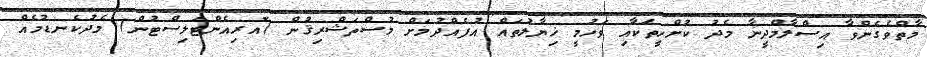
މާތްވެގެންވާ އިސްލާމްދީނާ މެދު ކުށްހީތަކާއި ވަހުމީ ޚިޔާލުތައް އުފެއްދުމަށް މުސްތަޝްރިޤުން (އޮރިއެންޓަލިސްޓުން) މެދުކެނޑުމެއް